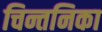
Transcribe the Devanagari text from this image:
चिन्तनिका